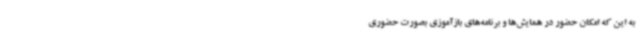
به این که امکان حضور در همایش‌ها و برنامه‌های بازآموزی بصورت حضوری